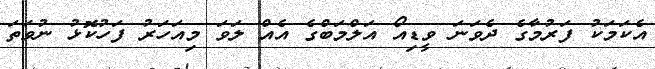
އެކަމަކު ފަރުމާގެ ދެވަނަ ވީޑިއޯ އަލްމަބްގެ އެއް ލަވަ މިއަހަރު ފަހުކޮޅު ނުވަތަ